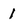
Character: 1